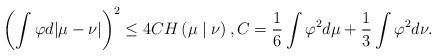
LaTeX: \begin{align*} \left(\int \varphi d|\mu-\nu|\right)^2\leq 4CH\left(\mu\mid\nu\right), C=\frac{1}{6}\int\varphi^2d\mu+\frac{1}{3}\int\varphi^2d\nu.\end{align*}